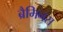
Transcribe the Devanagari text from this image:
ब्रैमिनस